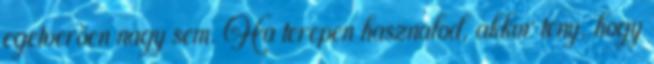
egetveröen nagy sem. Ha terepen hasznalod, akkor teny, hogy